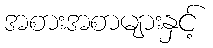
အစားအစာများနှင့်